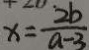
x = \frac { 2 b } { a - 3 }